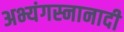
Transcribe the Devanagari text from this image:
अभ्यंगस्नानादी